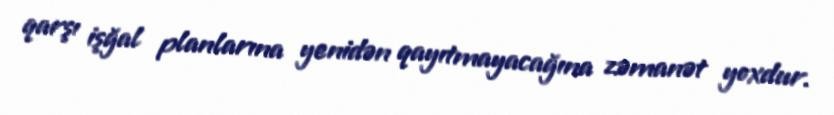
qarşı işğal planlarına yenidən qayıtmayacağına zəmanət yoxdur.